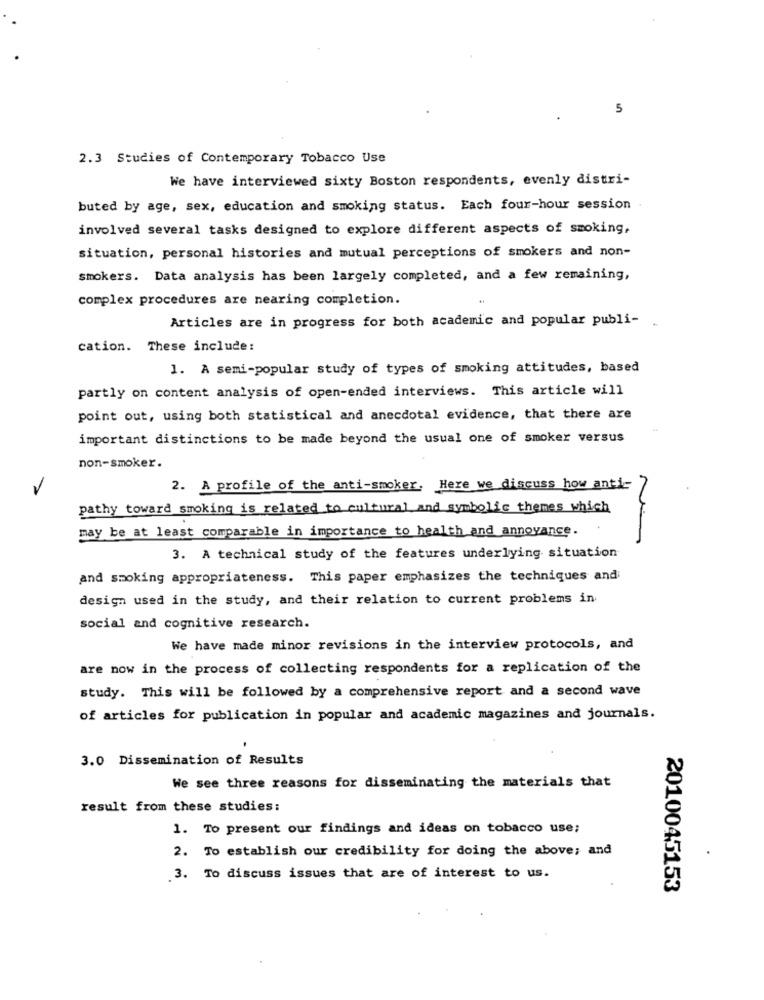
5
2.3 Studies of Contemporary Tobacco Use
We have interviewed sixty Boston respondents, evenly distri-
buted by age, sex, education and smoking status. Each four-hour session
involved several tasks designed to explore different aspects of smoking,
situation, personal histories and mutual perceptions of smokers and non-
smokers. Data analysis has been largely completed, and a few remaining,
complex procedures are nearing completion.
Articles are in progress for both academic and popular publi-
cation. These include:
1. A semi-popular study of types of smoking attitudes, based
partly on content analysis of open-ended interviews. This article will
point out, using both statistical and anecdotal evidence, that there are
important distinctions to be made beyond the usual one of smoker versus
non-smoker.
2. A profile of the anti-smoker. Here we discuss how anti-
pathy toward smoking is related to cultural and symbolic themes which
may be at least comparable in importance to health and annoyance.
3. A technical study of the features underlying situation
and smoking appropriateness. This paper emphasizes the techniques and
design used in the study, and their relation to current problems in
social and cognitive research.
We have made minor revisions in the interview protocols, and
are now in the process of collecting respondents for a replication of the
study. This will be followed by a comprehensive report and a second wave
of articles for publication in popular and academic magazines and journals.
3.0 Dissemination of Results
We see three reasons for disseminating the materials that
result from these studies:
1. To present our findings and ideas on tobacco use;
2. To establish our credibility for doing the above; and
.3. To discuss issues that are of interest to us.
2010045153